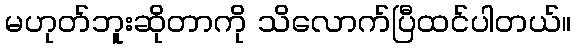
မဟုတ်ဘူးဆိုတာကို သိလောက်ပြီထင်ပါတယ်။